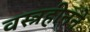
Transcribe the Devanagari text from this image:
वस्त्रहीनने